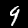
Label: 9